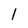
Character: I